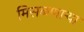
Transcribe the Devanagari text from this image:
मिसळणार्‍या